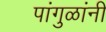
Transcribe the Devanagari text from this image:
पांगुळांनी